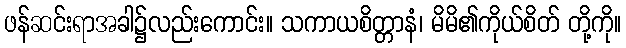
ဖန်ဆင်းရာအခါ၌လည်းကောင်း။ သကာယစိတ္တာနံ၊ မိမိ၏ကိုယ်စိတ် တို့ကို။